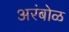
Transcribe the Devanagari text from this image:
अरंबोळ